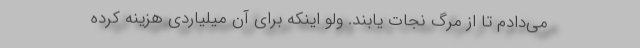
می‌دادم تا از مرگ نجات یابند. ولو اینکه برای آن میلیاردی هزینه کرده